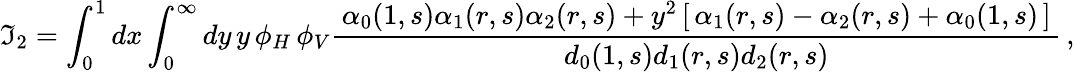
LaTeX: {\cal\mathfrak{I}}_{2}=\int_{0}^{1}dx\int_{0}^{\infty}dy\, y\, \phi_{H}\, \phi_{V}\frac{{\, \alpha_{0}(1,s)\alpha_{1}(r,s)\alpha_{2}(r,s)+y^{2}\left[\, \alpha_{1}(r,s)-\alpha_{2}(r,s)+\alpha_{0}(1,s)\, \right]\, }}{{d_{0}(1,s)d_{1}(r,s)d_{2}(r,s)}}\, ,